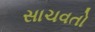
સાચવતો